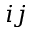
i j